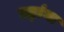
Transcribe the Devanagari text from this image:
तट्टांना